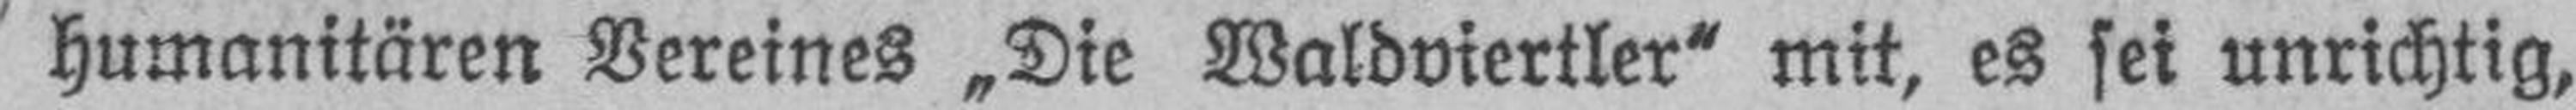
humanitären Vereines „Die Waldviertler“ mit, es sei unrichtig,